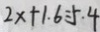
2 x + 1 . 6 = 5 . 4